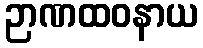
ဉာဏထဝနာယ